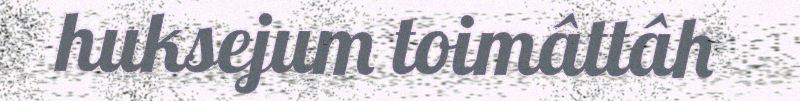
huksejum toimâttâh